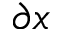
\partial x